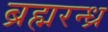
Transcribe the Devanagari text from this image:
ब्रह्मरन्ध्र